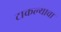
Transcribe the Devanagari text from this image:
टाकल्याचा